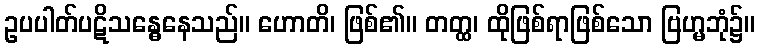
ဥပပါတ်ပဋိသန္ဓေနေသည်။ ဟောတိ၊ ဖြစ်၏။ တတ္ထ၊ ထိုဖြစ်ရာဖြစ်သော ဗြဟ္မဘုံ၌။